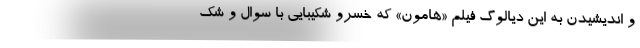
و اندیشیدن به این دیالوگ فیلم «هامون» که خسرو شکیبایی با سوال و شک